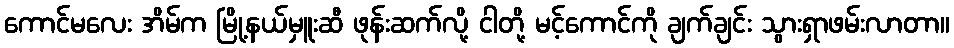
ကောင်မလေး အိမ်က မြို့နယ်မှူးဆီ ဖုန်းဆက်လို့ ငါတို့ မင့်ကောင်ကို ချက်ချင်း သွားရှာဖမ်းလာတာ။